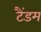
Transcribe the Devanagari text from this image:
टैंडम